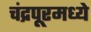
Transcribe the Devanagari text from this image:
चंद्रपूरमध्ये